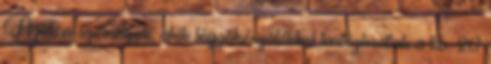
Azok a személyek, akik légzõkészülékkel tartózkodtak a kb. 20